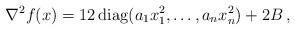
LaTeX: \begin{align*}\nabla^2 f(x)= 12 \, {\rm diag}(a_1 x_1^2,\ldots, a_n x_n^2) +2B\,,\end{align*}